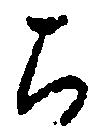
ち